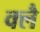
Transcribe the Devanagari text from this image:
क्लै